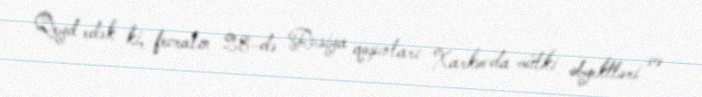
Qeyd edək ki, fevralın 28-də Rusiya qoşunları Xarkovda mülki obyektləri və